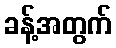
ခန့်အတွက်